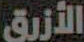
الأزرق